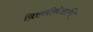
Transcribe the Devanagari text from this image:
दिल्लीनेआणि